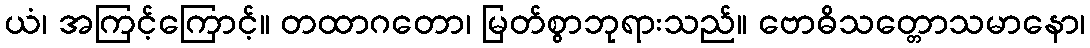
ယံ၊ အကြင့်ကြောင့်။ တထာဂတော၊ မြတ်စွာဘုရားသည်။ ဗောဓိသတ္တောသမာနော၊